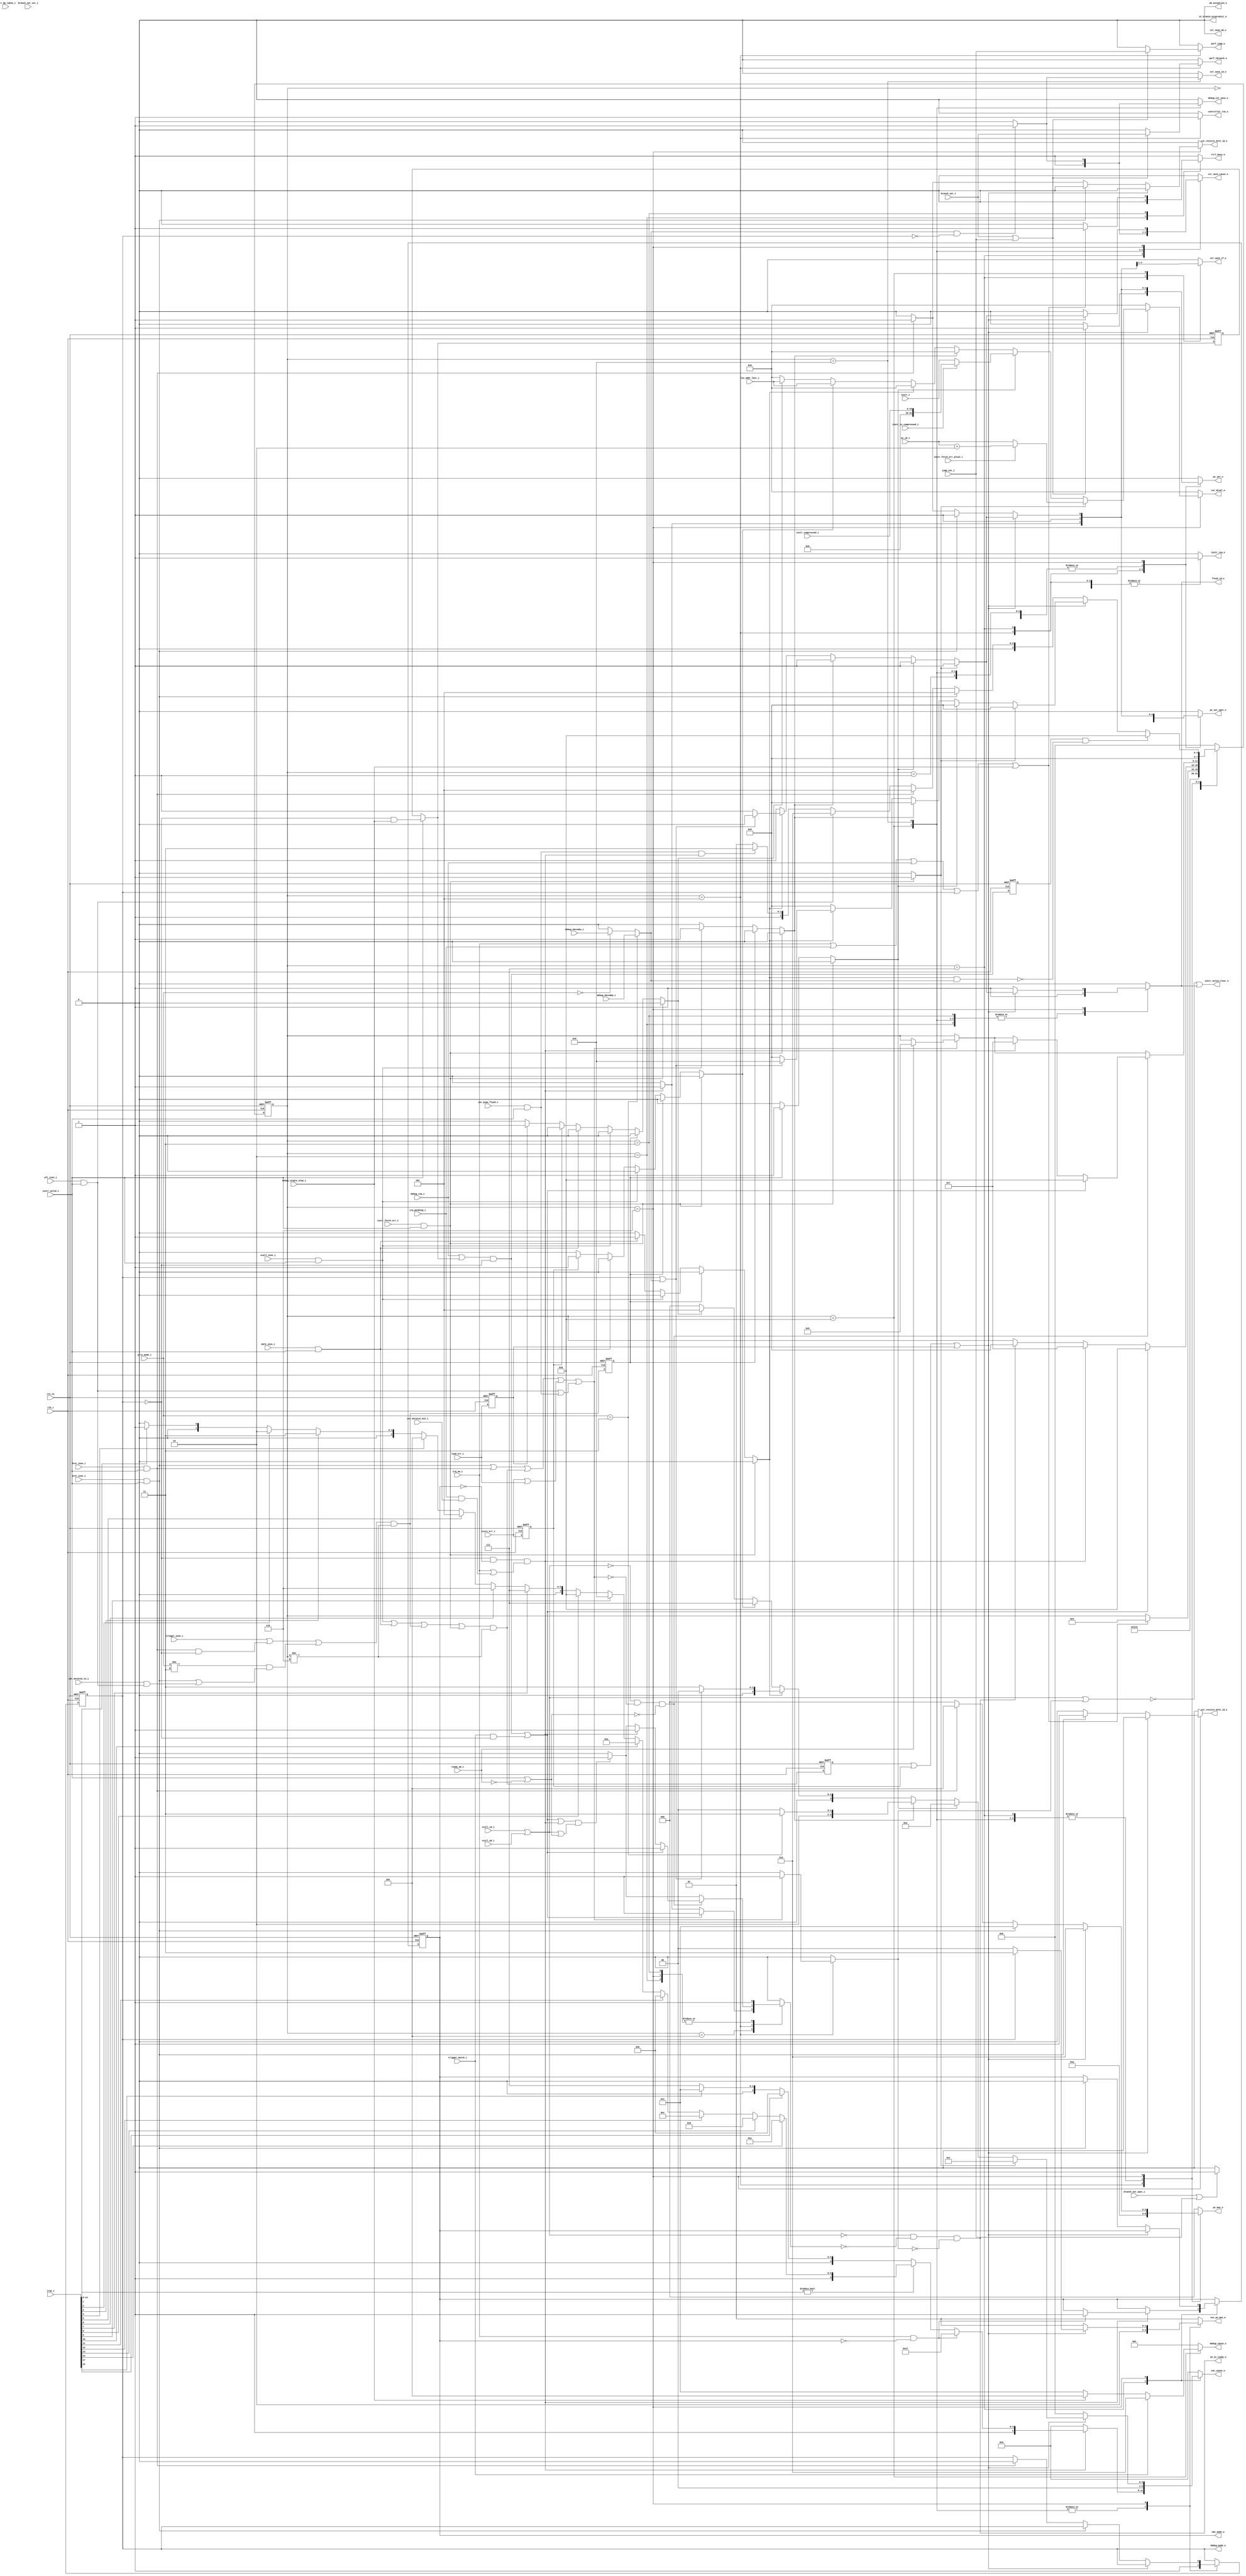
module ibex_controller (
	clk_i,
	rst_ni,
	ctrl_busy_o,
	illegal_insn_i,
	ecall_insn_i,
	mret_insn_i,
	dret_insn_i,
	wfi_insn_i,
	ebrk_insn_i,
	csr_pipe_flush_i,
	instr_valid_i,
	instr_i,
	instr_compressed_i,
	instr_is_compressed_i,
	instr_bp_taken_i,
	instr_fetch_err_i,
	instr_fetch_err_plus2_i,
	pc_id_i,
	instr_valid_clear_o,
	id_in_ready_o,
	controller_run_o,
	instr_req_o,
	pc_set_o,
	pc_set_spec_o,
	pc_mux_o,
	nt_branch_mispredict_o,
	exc_pc_mux_o,
	exc_cause_o,
	lsu_addr_last_i,
	load_err_i,
	store_err_i,
	wb_exception_o,
	branch_set_i,
	branch_set_spec_i,
	branch_not_set_i,
	jump_set_i,
	csr_mstatus_mie_i,
	irq_pending_i,
	irqs_i,
	irq_nm_i,
	nmi_mode_o,
	debug_req_i,
	debug_cause_o,
	debug_csr_save_o,
	debug_mode_o,
	debug_single_step_i,
	debug_ebreakm_i,
	debug_ebreaku_i,
	trigger_match_i,
	csr_save_if_o,
	csr_save_id_o,
	csr_save_wb_o,
	csr_restore_mret_id_o,
	csr_restore_dret_id_o,
	csr_save_cause_o,
	csr_mtval_o,
	priv_mode_i,
	csr_mstatus_tw_i,
	stall_id_i,
	stall_wb_i,
	flush_id_o,
	ready_wb_i,
	perf_jump_o,
	perf_tbranch_o
);
	parameter [0:0] WritebackStage = 0;
	parameter [0:0] BranchPredictor = 0;
	input wire clk_i;
	input wire rst_ni;
	output reg ctrl_busy_o;
	input wire illegal_insn_i;
	input wire ecall_insn_i;
	input wire mret_insn_i;
	input wire dret_insn_i;
	input wire wfi_insn_i;
	input wire ebrk_insn_i;
	input wire csr_pipe_flush_i;
	input wire instr_valid_i;
	input wire [31:0] instr_i;
	input wire [15:0] instr_compressed_i;
	input wire instr_is_compressed_i;
	input wire instr_bp_taken_i;
	input wire instr_fetch_err_i;
	input wire instr_fetch_err_plus2_i;
	input wire [31:0] pc_id_i;
	output wire instr_valid_clear_o;
	output wire id_in_ready_o;
	output reg controller_run_o;
	output reg instr_req_o;
	output reg pc_set_o;
	output reg pc_set_spec_o;
	output reg [2:0] pc_mux_o;
	output reg nt_branch_mispredict_o;
	output reg [1:0] exc_pc_mux_o;
	output reg [5:0] exc_cause_o;
	input wire [31:0] lsu_addr_last_i;
	input wire load_err_i;
	input wire store_err_i;
	output wire wb_exception_o;
	input wire branch_set_i;
	input wire branch_set_spec_i;
	input wire branch_not_set_i;
	input wire jump_set_i;
	input wire csr_mstatus_mie_i;
	input wire irq_pending_i;
	input wire [17:0] irqs_i;
	input wire irq_nm_i;
	output wire nmi_mode_o;
	input wire debug_req_i;
	output reg [2:0] debug_cause_o;
	output reg debug_csr_save_o;
	output wire debug_mode_o;
	input wire debug_single_step_i;
	input wire debug_ebreakm_i;
	input wire debug_ebreaku_i;
	input wire trigger_match_i;
	output reg csr_save_if_o;
	output reg csr_save_id_o;
	output reg csr_save_wb_o;
	output reg csr_restore_mret_id_o;
	output reg csr_restore_dret_id_o;
	output reg csr_save_cause_o;
	output reg [31:0] csr_mtval_o;
	input wire [1:0] priv_mode_i;
	input wire csr_mstatus_tw_i;
	input wire stall_id_i;
	input wire stall_wb_i;
	output wire flush_id_o;
	input wire ready_wb_i;
	output reg perf_jump_o;
	output reg perf_tbranch_o;
	reg [3:0] ctrl_fsm_cs;
	reg [3:0] ctrl_fsm_ns;
	reg nmi_mode_q;
	reg nmi_mode_d;
	reg debug_mode_q;
	reg debug_mode_d;
	reg load_err_q;
	wire load_err_d;
	reg store_err_q;
	wire store_err_d;
	reg exc_req_q;
	wire exc_req_d;
	reg illegal_insn_q;
	wire illegal_insn_d;
	reg instr_fetch_err_prio;
	reg illegal_insn_prio;
	reg ecall_insn_prio;
	reg ebrk_insn_prio;
	reg store_err_prio;
	reg load_err_prio;
	wire stall;
	reg halt_if;
	reg retain_id;
	reg flush_id;
	wire illegal_dret;
	wire illegal_umode;
	wire exc_req_lsu;
	wire special_req;
	wire special_req_pc_change;
	wire special_req_flush_only;
	wire do_single_step_d;
	reg do_single_step_q;
	wire enter_debug_mode_prio_d;
	reg enter_debug_mode_prio_q;
	wire enter_debug_mode;
	wire ebreak_into_debug;
	wire handle_irq;
	wire id_wb_pending;
	reg [3:0] mfip_id;
	wire unused_irq_timer;
	wire ecall_insn;
	wire mret_insn;
	wire dret_insn;
	wire wfi_insn;
	wire ebrk_insn;
	wire csr_pipe_flush;
	wire instr_fetch_err;
	assign load_err_d = load_err_i;
	assign store_err_d = store_err_i;
	assign ecall_insn = ecall_insn_i & instr_valid_i;
	assign mret_insn = mret_insn_i & instr_valid_i;
	assign dret_insn = dret_insn_i & instr_valid_i;
	assign wfi_insn = wfi_insn_i & instr_valid_i;
	assign ebrk_insn = ebrk_insn_i & instr_valid_i;
	assign csr_pipe_flush = csr_pipe_flush_i & instr_valid_i;
	assign instr_fetch_err = instr_fetch_err_i & instr_valid_i;
	assign illegal_dret = dret_insn & ~debug_mode_q;
	localparam [1:0] ibex_pkg_PRIV_LVL_M = 2'b11;
	assign illegal_umode = (priv_mode_i != ibex_pkg_PRIV_LVL_M) & (mret_insn | (csr_mstatus_tw_i & wfi_insn));
	localparam [3:0] FLUSH = 6;
	assign illegal_insn_d = ((illegal_insn_i | illegal_dret) | illegal_umode) & (ctrl_fsm_cs != FLUSH);
	assign exc_req_d = (((ecall_insn | ebrk_insn) | illegal_insn_d) | instr_fetch_err) & (ctrl_fsm_cs != FLUSH);
	assign exc_req_lsu = store_err_i | load_err_i;
	assign special_req_flush_only = wfi_insn | csr_pipe_flush;
	assign special_req_pc_change = ((mret_insn | dret_insn) | exc_req_d) | exc_req_lsu;
	assign special_req = special_req_pc_change | special_req_flush_only;
	assign id_wb_pending = instr_valid_i | ~ready_wb_i;
	generate
		if (WritebackStage) begin : g_wb_exceptions
			always @(*) begin
				instr_fetch_err_prio = 0;
				illegal_insn_prio = 0;
				ecall_insn_prio = 0;
				ebrk_insn_prio = 0;
				store_err_prio = 0;
				load_err_prio = 0;
				if (store_err_q)
					store_err_prio = 1'b1;
				else if (load_err_q)
					load_err_prio = 1'b1;
				else if (instr_fetch_err)
					instr_fetch_err_prio = 1'b1;
				else if (illegal_insn_q)
					illegal_insn_prio = 1'b1;
				else if (ecall_insn)
					ecall_insn_prio = 1'b1;
				else if (ebrk_insn)
					ebrk_insn_prio = 1'b1;
			end
			assign wb_exception_o = ((load_err_q | store_err_q) | load_err_i) | store_err_i;
		end
		else begin : g_no_wb_exceptions
			always @(*) begin
				instr_fetch_err_prio = 0;
				illegal_insn_prio = 0;
				ecall_insn_prio = 0;
				ebrk_insn_prio = 0;
				store_err_prio = 0;
				load_err_prio = 0;
				if (instr_fetch_err)
					instr_fetch_err_prio = 1'b1;
				else if (illegal_insn_q)
					illegal_insn_prio = 1'b1;
				else if (ecall_insn)
					ecall_insn_prio = 1'b1;
				else if (ebrk_insn)
					ebrk_insn_prio = 1'b1;
				else if (store_err_q)
					store_err_prio = 1'b1;
				else if (load_err_q)
					load_err_prio = 1'b1;
			end
			assign wb_exception_o = 1'b0;
		end
	endgenerate
	assign do_single_step_d = (instr_valid_i ? ~debug_mode_q & debug_single_step_i : do_single_step_q);
	assign enter_debug_mode_prio_d = (debug_req_i | do_single_step_d) & ~debug_mode_q;
	assign enter_debug_mode = enter_debug_mode_prio_d | (trigger_match_i & ~debug_mode_q);
	localparam [1:0] ibex_pkg_PRIV_LVL_U = 2'b00;
	assign ebreak_into_debug = (priv_mode_i == ibex_pkg_PRIV_LVL_M ? debug_ebreakm_i : (priv_mode_i == ibex_pkg_PRIV_LVL_U ? debug_ebreaku_i : 1'b0));
	assign handle_irq = (~debug_mode_q & ~nmi_mode_q) & (irq_nm_i | (irq_pending_i & csr_mstatus_mie_i));
	always @(*) begin : gen_mfip_id
		if (irqs_i[14])
			mfip_id = 4'd14;
		else if (irqs_i[13])
			mfip_id = 4'd13;
		else if (irqs_i[12])
			mfip_id = 4'd12;
		else if (irqs_i[11])
			mfip_id = 4'd11;
		else if (irqs_i[10])
			mfip_id = 4'd10;
		else if (irqs_i[9])
			mfip_id = 4'd9;
		else if (irqs_i[8])
			mfip_id = 4'd8;
		else if (irqs_i[7])
			mfip_id = 4'd7;
		else if (irqs_i[6])
			mfip_id = 4'd6;
		else if (irqs_i[5])
			mfip_id = 4'd5;
		else if (irqs_i[4])
			mfip_id = 4'd4;
		else if (irqs_i[3])
			mfip_id = 4'd3;
		else if (irqs_i[2])
			mfip_id = 4'd2;
		else if (irqs_i[1])
			mfip_id = 4'd1;
		else
			mfip_id = 4'd0;
	end
	assign unused_irq_timer = irqs_i[16];
	localparam [3:0] BOOT_SET = 1;
	localparam [3:0] DBG_TAKEN_ID = 9;
	localparam [3:0] DBG_TAKEN_IF = 8;
	localparam [3:0] DECODE = 5;
	localparam [3:0] FIRST_FETCH = 4;
	localparam [3:0] IRQ_TAKEN = 7;
	localparam [3:0] RESET = 0;
	localparam [3:0] SLEEP = 3;
	localparam [3:0] WAIT_SLEEP = 2;
	localparam [2:0] ibex_pkg_DBG_CAUSE_EBREAK = 3'h1;
	localparam [2:0] ibex_pkg_DBG_CAUSE_HALTREQ = 3'h3;
	localparam [2:0] ibex_pkg_DBG_CAUSE_STEP = 3'h4;
	localparam [2:0] ibex_pkg_DBG_CAUSE_TRIGGER = 3'h2;
	localparam [5:0] ibex_pkg_EXC_CAUSE_BREAKPOINT = 6'b000011;
	localparam [5:0] ibex_pkg_EXC_CAUSE_ECALL_MMODE = 6'b001011;
	localparam [5:0] ibex_pkg_EXC_CAUSE_ECALL_UMODE = 6'b001000;
	localparam [5:0] ibex_pkg_EXC_CAUSE_ILLEGAL_INSN = 6'b000010;
	localparam [5:0] ibex_pkg_EXC_CAUSE_INSN_ADDR_MISA = 6'b000000;
	localparam [5:0] ibex_pkg_EXC_CAUSE_INSTR_ACCESS_FAULT = 6'b000001;
	localparam [5:0] ibex_pkg_EXC_CAUSE_IRQ_EXTERNAL_M = 6'b101011;
	localparam [5:0] ibex_pkg_EXC_CAUSE_IRQ_NM = 6'b111111;
	localparam [5:0] ibex_pkg_EXC_CAUSE_IRQ_SOFTWARE_M = 6'b100011;
	localparam [5:0] ibex_pkg_EXC_CAUSE_IRQ_TIMER_M = 6'b100111;
	localparam [5:0] ibex_pkg_EXC_CAUSE_LOAD_ACCESS_FAULT = 6'b000101;
	localparam [5:0] ibex_pkg_EXC_CAUSE_STORE_ACCESS_FAULT = 6'b000111;
	localparam [1:0] ibex_pkg_EXC_PC_DBD = 2;
	localparam [1:0] ibex_pkg_EXC_PC_DBG_EXC = 3;
	localparam [1:0] ibex_pkg_EXC_PC_EXC = 0;
	localparam [1:0] ibex_pkg_EXC_PC_IRQ = 1;
	localparam [2:0] ibex_pkg_PC_BOOT = 0;
	localparam [2:0] ibex_pkg_PC_DRET = 4;
	localparam [2:0] ibex_pkg_PC_ERET = 3;
	localparam [2:0] ibex_pkg_PC_EXC = 2;
	localparam [2:0] ibex_pkg_PC_JUMP = 1;
	function automatic [5:0] sv2v_cast_6;
		input reg [5:0] inp;
		sv2v_cast_6 = inp;
	endfunction
	always @(*) begin
		instr_req_o = 1'b1;
		csr_save_if_o = 1'b0;
		csr_save_id_o = 1'b0;
		csr_save_wb_o = 1'b0;
		csr_restore_mret_id_o = 1'b0;
		csr_restore_dret_id_o = 1'b0;
		csr_save_cause_o = 1'b0;
		csr_mtval_o = {32 {1'sb0}};
		pc_mux_o = ibex_pkg_PC_BOOT;
		pc_set_o = 1'b0;
		pc_set_spec_o = 1'b0;
		nt_branch_mispredict_o = 1'b0;
		exc_pc_mux_o = ibex_pkg_EXC_PC_IRQ;
		exc_cause_o = ibex_pkg_EXC_CAUSE_INSN_ADDR_MISA;
		ctrl_fsm_ns = ctrl_fsm_cs;
		ctrl_busy_o = 1'b1;
		halt_if = 1'b0;
		retain_id = 1'b0;
		flush_id = 1'b0;
		debug_csr_save_o = 1'b0;
		debug_cause_o = ibex_pkg_DBG_CAUSE_EBREAK;
		debug_mode_d = debug_mode_q;
		nmi_mode_d = nmi_mode_q;
		perf_tbranch_o = 1'b0;
		perf_jump_o = 1'b0;
		controller_run_o = 1'b0;
		case (ctrl_fsm_cs)
			RESET: begin
				instr_req_o = 1'b0;
				pc_mux_o = ibex_pkg_PC_BOOT;
				pc_set_o = 1'b1;
				pc_set_spec_o = 1'b1;
				ctrl_fsm_ns = BOOT_SET;
			end
			BOOT_SET: begin
				instr_req_o = 1'b1;
				pc_mux_o = ibex_pkg_PC_BOOT;
				pc_set_o = 1'b1;
				pc_set_spec_o = 1'b1;
				ctrl_fsm_ns = FIRST_FETCH;
			end
			WAIT_SLEEP: begin
				ctrl_busy_o = 1'b0;
				instr_req_o = 1'b0;
				halt_if = 1'b1;
				flush_id = 1'b1;
				ctrl_fsm_ns = SLEEP;
			end
			SLEEP: begin
				instr_req_o = 1'b0;
				halt_if = 1'b1;
				flush_id = 1'b1;
				if ((((irq_nm_i || irq_pending_i) || debug_req_i) || debug_mode_q) || debug_single_step_i)
					ctrl_fsm_ns = FIRST_FETCH;
				else
					ctrl_busy_o = 1'b0;
			end
			FIRST_FETCH: begin
				if (id_in_ready_o)
					ctrl_fsm_ns = DECODE;
				if (handle_irq) begin
					ctrl_fsm_ns = IRQ_TAKEN;
					halt_if = 1'b1;
				end
				if (enter_debug_mode) begin
					ctrl_fsm_ns = DBG_TAKEN_IF;
					halt_if = 1'b1;
				end
			end
			DECODE: begin
				controller_run_o = 1'b1;
				pc_mux_o = ibex_pkg_PC_JUMP;
				if (special_req) begin
					retain_id = 1'b1;
					if (ready_wb_i | wb_exception_o)
						ctrl_fsm_ns = FLUSH;
				end
				if (branch_set_i || jump_set_i) begin
					pc_set_o = (BranchPredictor ? ~instr_bp_taken_i : 1'b1);
					perf_tbranch_o = branch_set_i;
					perf_jump_o = jump_set_i;
				end
				if (BranchPredictor)
					if (instr_bp_taken_i & branch_not_set_i)
						nt_branch_mispredict_o = 1'b1;
				if (branch_set_spec_i || jump_set_i)
					pc_set_spec_o = (BranchPredictor ? ~instr_bp_taken_i : 1'b1);
				if ((enter_debug_mode || handle_irq) && (stall || id_wb_pending))
					halt_if = 1'b1;
				if ((!stall && !special_req) && !id_wb_pending)
					if (enter_debug_mode) begin
						ctrl_fsm_ns = DBG_TAKEN_IF;
						halt_if = 1'b1;
					end
					else if (handle_irq) begin
						ctrl_fsm_ns = IRQ_TAKEN;
						halt_if = 1'b1;
					end
			end
			IRQ_TAKEN: begin
				pc_mux_o = ibex_pkg_PC_EXC;
				exc_pc_mux_o = ibex_pkg_EXC_PC_IRQ;
				if (handle_irq) begin
					pc_set_o = 1'b1;
					pc_set_spec_o = 1'b1;
					csr_save_if_o = 1'b1;
					csr_save_cause_o = 1'b1;
					if (irq_nm_i && !nmi_mode_q) begin
						exc_cause_o = ibex_pkg_EXC_CAUSE_IRQ_NM;
						nmi_mode_d = 1'b1;
					end
					else if (irqs_i[14-:15] != 15'b000000000000000)
						exc_cause_o = sv2v_cast_6({2'b11, mfip_id});
					else if (irqs_i[15])
						exc_cause_o = ibex_pkg_EXC_CAUSE_IRQ_EXTERNAL_M;
					else if (irqs_i[17])
						exc_cause_o = ibex_pkg_EXC_CAUSE_IRQ_SOFTWARE_M;
					else
						exc_cause_o = ibex_pkg_EXC_CAUSE_IRQ_TIMER_M;
				end
				ctrl_fsm_ns = DECODE;
			end
			DBG_TAKEN_IF: begin
				pc_mux_o = ibex_pkg_PC_EXC;
				exc_pc_mux_o = ibex_pkg_EXC_PC_DBD;
				flush_id = 1'b1;
				pc_set_o = 1'b1;
				pc_set_spec_o = 1'b1;
				csr_save_if_o = 1'b1;
				debug_csr_save_o = 1'b1;
				csr_save_cause_o = 1'b1;
				if (trigger_match_i)
					debug_cause_o = ibex_pkg_DBG_CAUSE_TRIGGER;
				else if (debug_single_step_i)
					debug_cause_o = ibex_pkg_DBG_CAUSE_STEP;
				else
					debug_cause_o = ibex_pkg_DBG_CAUSE_HALTREQ;
				debug_mode_d = 1'b1;
				ctrl_fsm_ns = DECODE;
			end
			DBG_TAKEN_ID: begin
				flush_id = 1'b1;
				pc_mux_o = ibex_pkg_PC_EXC;
				pc_set_o = 1'b1;
				pc_set_spec_o = 1'b1;
				exc_pc_mux_o = ibex_pkg_EXC_PC_DBD;
				if (ebreak_into_debug && !debug_mode_q) begin
					csr_save_cause_o = 1'b1;
					csr_save_id_o = 1'b1;
					debug_csr_save_o = 1'b1;
					debug_cause_o = ibex_pkg_DBG_CAUSE_EBREAK;
				end
				debug_mode_d = 1'b1;
				ctrl_fsm_ns = DECODE;
			end
			FLUSH: begin
				halt_if = 1'b1;
				flush_id = 1'b1;
				ctrl_fsm_ns = DECODE;
				if ((exc_req_q || store_err_q) || load_err_q) begin
					pc_set_o = 1'b1;
					pc_set_spec_o = 1'b1;
					pc_mux_o = ibex_pkg_PC_EXC;
					exc_pc_mux_o = (debug_mode_q ? ibex_pkg_EXC_PC_DBG_EXC : ibex_pkg_EXC_PC_EXC);
					if (WritebackStage) begin : g_writeback_mepc_save
						csr_save_id_o = ~(store_err_q | load_err_q);
						csr_save_wb_o = store_err_q | load_err_q;
					end
					else begin : g_no_writeback_mepc_save
						csr_save_id_o = 1'b0;
					end
					csr_save_cause_o = 1'b1;
					case (1'b1)
						instr_fetch_err_prio: begin
							exc_cause_o = ibex_pkg_EXC_CAUSE_INSTR_ACCESS_FAULT;
							csr_mtval_o = (instr_fetch_err_plus2_i ? pc_id_i + 32'd2 : pc_id_i);
						end
						illegal_insn_prio: begin
							exc_cause_o = ibex_pkg_EXC_CAUSE_ILLEGAL_INSN;
							csr_mtval_o = (instr_is_compressed_i ? {16'b0000000000000000, instr_compressed_i} : instr_i);
						end
						ecall_insn_prio: exc_cause_o = (priv_mode_i == ibex_pkg_PRIV_LVL_M ? ibex_pkg_EXC_CAUSE_ECALL_MMODE : ibex_pkg_EXC_CAUSE_ECALL_UMODE);
						ebrk_insn_prio:
							if (debug_mode_q | ebreak_into_debug) begin
								pc_set_o = 1'b0;
								pc_set_spec_o = 1'b0;
								csr_save_id_o = 1'b0;
								csr_save_cause_o = 1'b0;
								ctrl_fsm_ns = DBG_TAKEN_ID;
								flush_id = 1'b0;
							end
							else
								exc_cause_o = ibex_pkg_EXC_CAUSE_BREAKPOINT;
						store_err_prio: begin
							exc_cause_o = ibex_pkg_EXC_CAUSE_STORE_ACCESS_FAULT;
							csr_mtval_o = lsu_addr_last_i;
						end
						load_err_prio: begin
							exc_cause_o = ibex_pkg_EXC_CAUSE_LOAD_ACCESS_FAULT;
							csr_mtval_o = lsu_addr_last_i;
						end
						default:
							;
					endcase
				end
				else if (mret_insn) begin
					pc_mux_o = ibex_pkg_PC_ERET;
					pc_set_o = 1'b1;
					pc_set_spec_o = 1'b1;
					csr_restore_mret_id_o = 1'b1;
					if (nmi_mode_q)
						nmi_mode_d = 1'b0;
				end
				else if (dret_insn) begin
					pc_mux_o = ibex_pkg_PC_DRET;
					pc_set_o = 1'b1;
					pc_set_spec_o = 1'b1;
					debug_mode_d = 1'b0;
					csr_restore_dret_id_o = 1'b1;
				end
				else if (wfi_insn)
					ctrl_fsm_ns = WAIT_SLEEP;
				else if (csr_pipe_flush && handle_irq)
					ctrl_fsm_ns = IRQ_TAKEN;
				if (enter_debug_mode_prio_q && !(ebrk_insn_prio && ebreak_into_debug))
					ctrl_fsm_ns = DBG_TAKEN_IF;
			end
			default: begin
				instr_req_o = 1'b0;
				ctrl_fsm_ns = RESET;
			end
		endcase
	end
	assign flush_id_o = flush_id;
	assign debug_mode_o = debug_mode_q;
	assign nmi_mode_o = nmi_mode_q;
	assign stall = stall_id_i | stall_wb_i;
	assign id_in_ready_o = (~stall & ~halt_if) & ~retain_id;
	assign instr_valid_clear_o = ~(stall | retain_id) | flush_id;
	always @(posedge clk_i or negedge rst_ni) begin : update_regs
		if (!rst_ni) begin
			ctrl_fsm_cs <= RESET;
			nmi_mode_q <= 1'b0;
			do_single_step_q <= 1'b0;
			debug_mode_q <= 1'b0;
			enter_debug_mode_prio_q <= 1'b0;
			load_err_q <= 1'b0;
			store_err_q <= 1'b0;
			exc_req_q <= 1'b0;
			illegal_insn_q <= 1'b0;
		end
		else begin
			ctrl_fsm_cs <= ctrl_fsm_ns;
			nmi_mode_q <= nmi_mode_d;
			do_single_step_q <= do_single_step_d;
			debug_mode_q <= debug_mode_d;
			enter_debug_mode_prio_q <= enter_debug_mode_prio_d;
			load_err_q <= load_err_d;
			store_err_q <= store_err_d;
			exc_req_q <= exc_req_d;
			illegal_insn_q <= illegal_insn_d;
		end
	end
endmodule